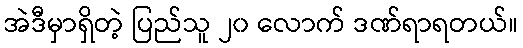
အဲဒီမှာရှိတဲ့ ပြည်သူ ၂၀ လောက် ဒဏ်ရာရတယ်။